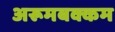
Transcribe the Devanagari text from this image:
अरूमबक्कम